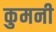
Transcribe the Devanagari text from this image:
कुमनी